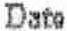
DATE